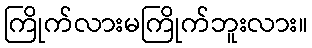
ကြိုက်လားမကြိုက်ဘူးလား။